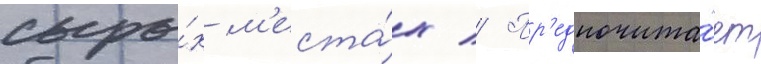
сыры́х м'еста́х // Пр'едпочита́ет